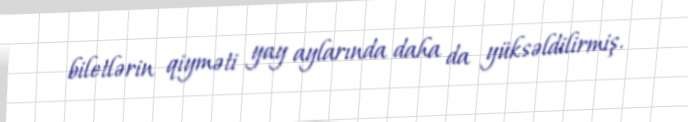
biletlərin qiyməti yay aylarında daha da yüksəldilirmiş.